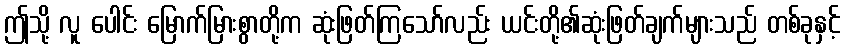
ဤသို့ လူ ပေါင်း မြောက်မြားစွာတို့က ဆုံးဖြတ်ကြသော်လည်း ယင်းတို့၏ဆုံးဖြတ်ချက်များသည် တစ်ခုနှင့်